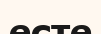
есте